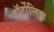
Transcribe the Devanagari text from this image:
टॉर्टोलिस